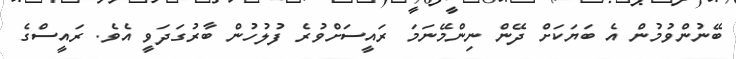
ބޭނުންވުމުން އެ ބަޔަކަށް ދޭން ނިންމޭނަމަ ރައީސަށްވުރެ ފުލުހުން ބާރުގަދަވީ އެވެ. ރައީސްގެ